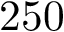
2 5 0